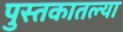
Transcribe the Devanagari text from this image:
पुस्‍तकातल्या